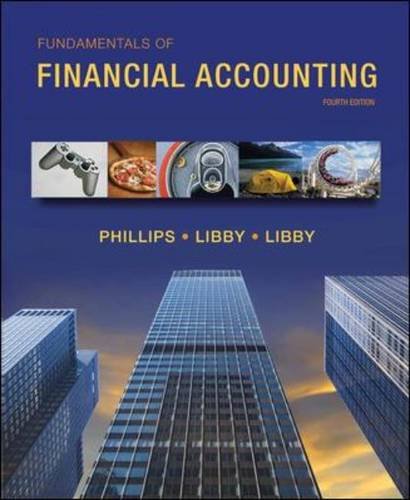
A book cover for Fundamentals of Financial Accounting; Fred Phillips; Business & Money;